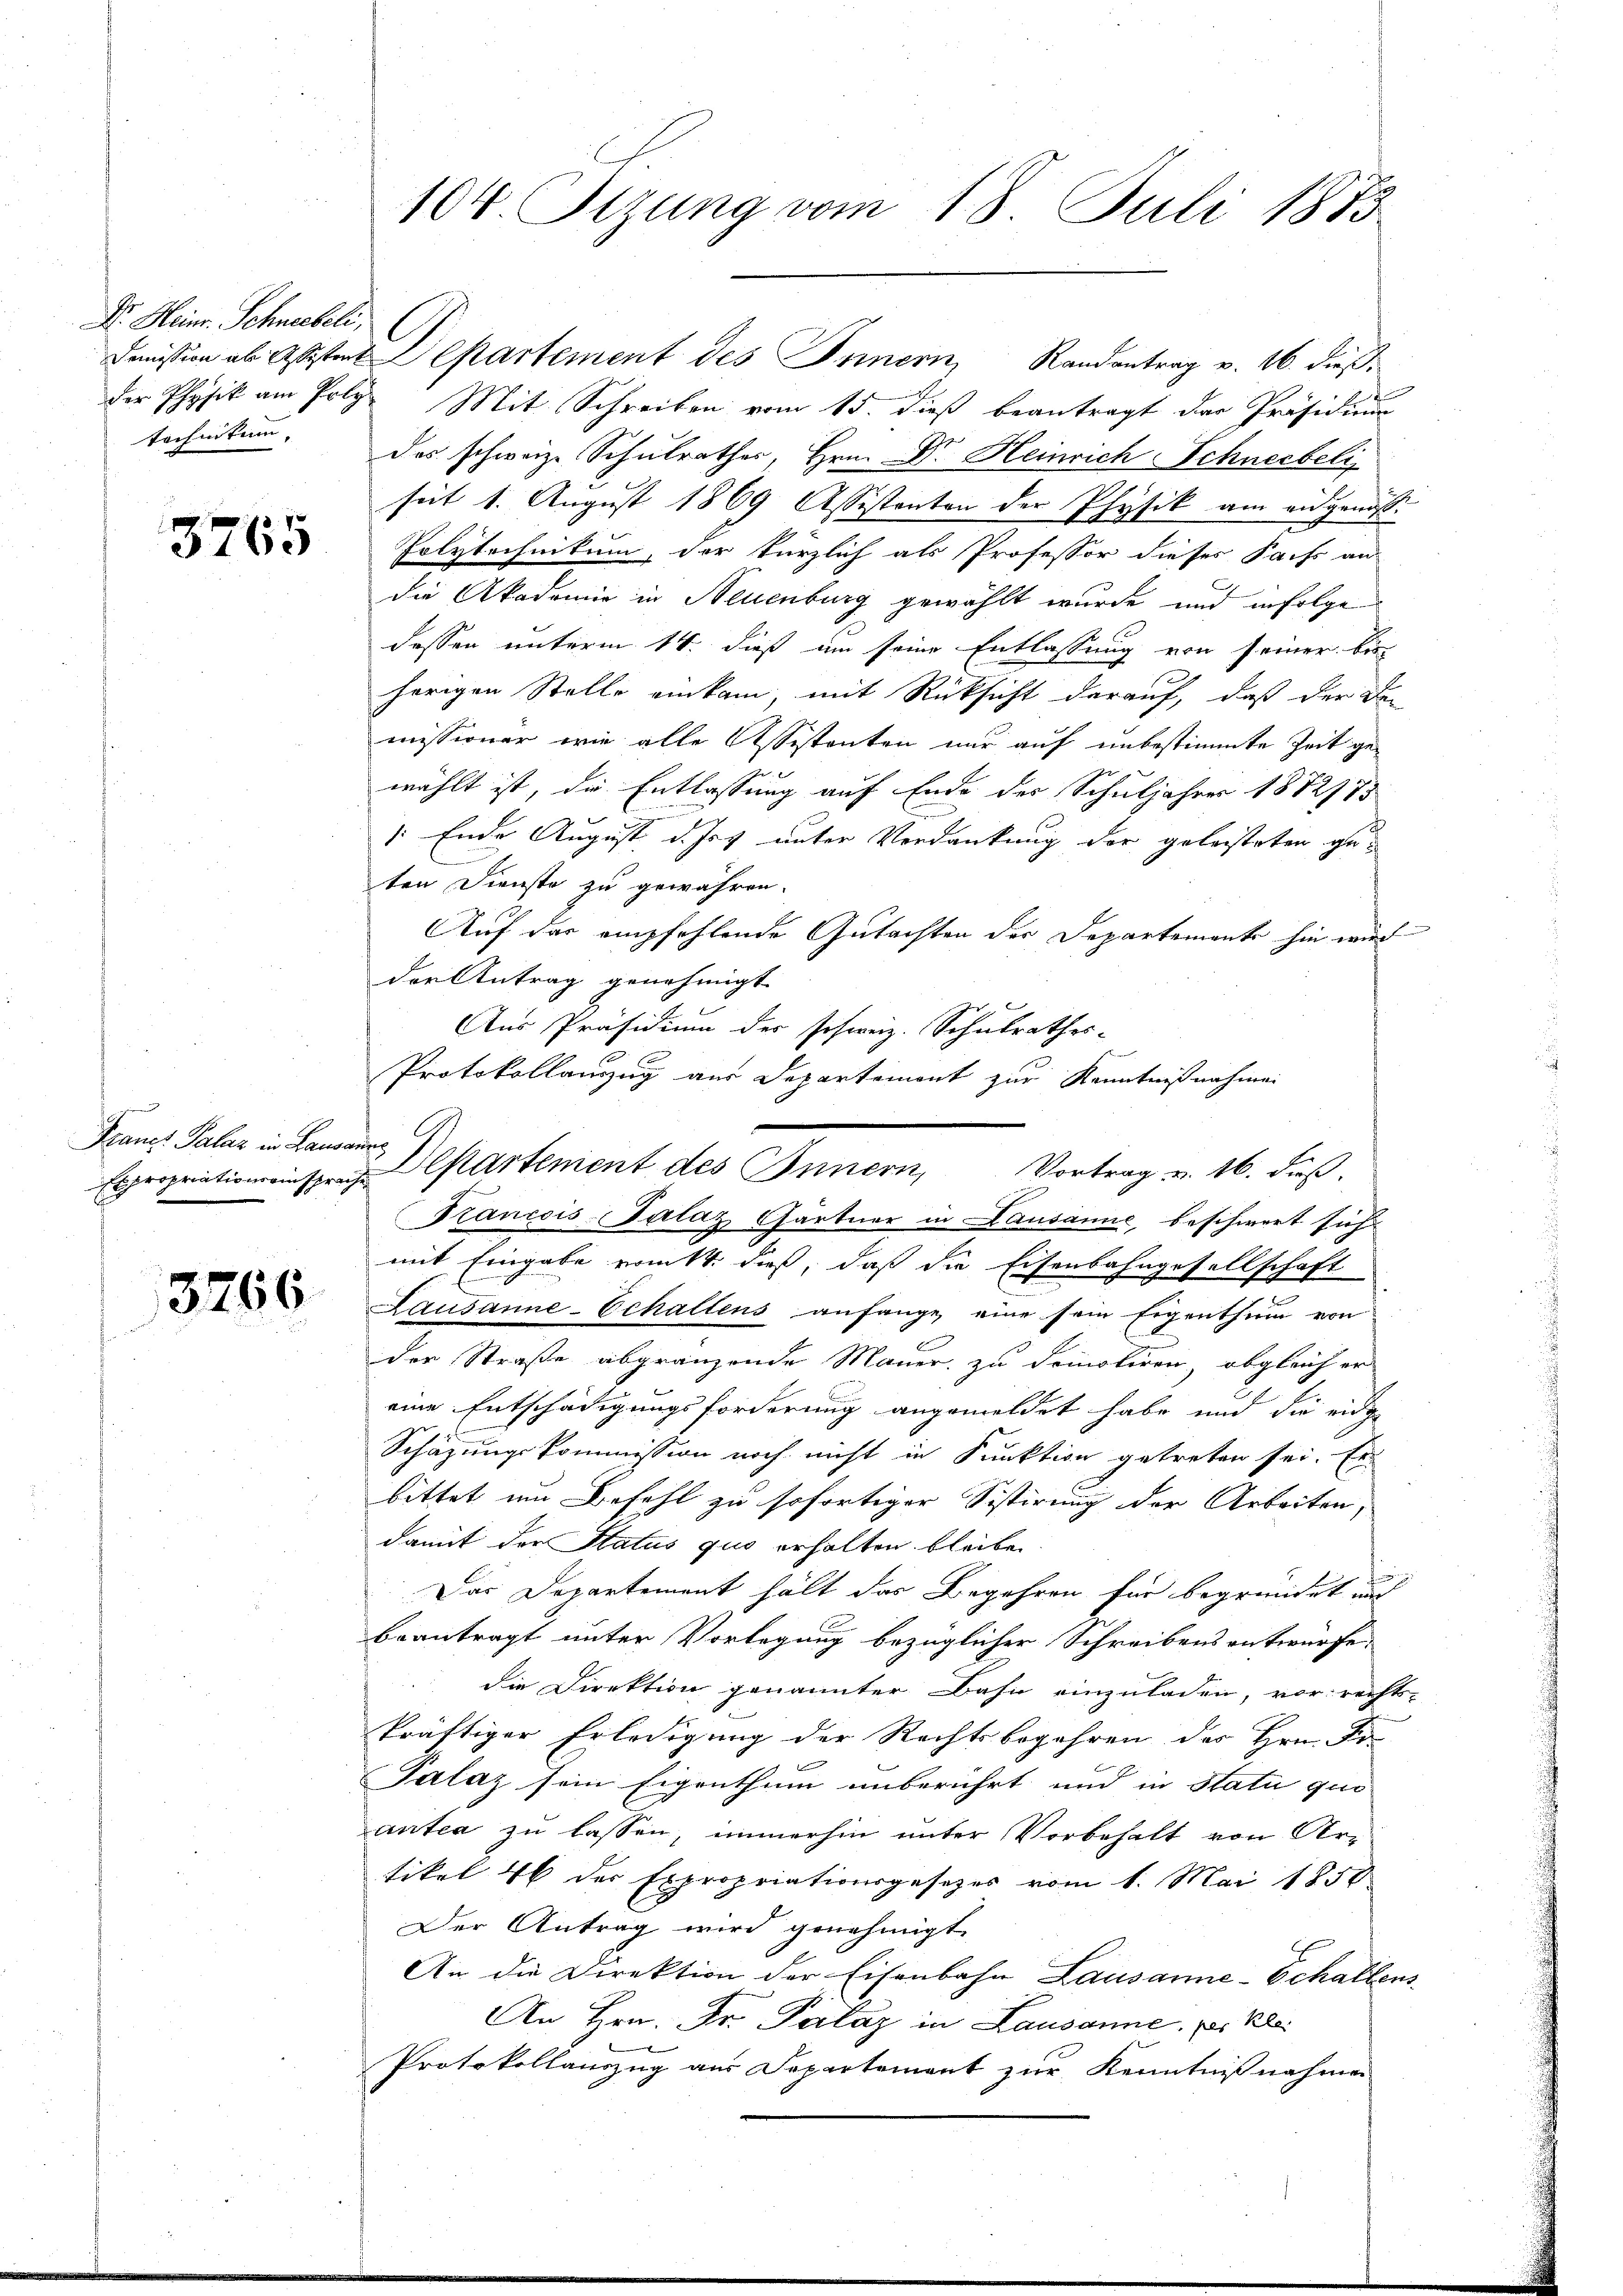
Dr. Heinr. Schneebeli,

3765

Franz Palas in Landauer

3266

104. Sizung vom 18. Juli 1873

Dimission ab Astes Departement des Innern, Randantrag v. 16. dießder Physik am Poly. Mit Schreiben vom 15. dieß beantragt der Präsidium
technikum. Das schweize Schulrathes, Hrn. Dr. Heinrich Schneebeli
seit 1. August 1869 Assistanton der Physik am eidgenos
Polytechnikum, der kürzlich als Professor dieses Pachs an
die Akademie in Neuenburg gewählt wurde und infolge
dessen unterm 14. dieß um seine Entlassung von seiner bisherigen Stolle einkam, mit Rücksicht darauf, daß der de
missioner wie alle Assistanten nur auf unbestimmte Zeit gewählt ist, die Entlassung auf Ende des Schuljahres 1872/73
/ Ende August d. Js. unter Verdankung der geleisteten geten Dienste zu gewähren.
Auf das empfehlende Gutachten der Departemente hin wird
der Antrag genehmigt.
Aus Präsidium der schweiz. Schulrathes-
Stanicis-Palaz, Gartner in Lausanne, beschwert sich
mit Eingabe erint. dieß, daß die Eisenbahngesellschaft
Lausanne-Echaltens anfange, eine sein Eigenthum von
der Straße abgränzende Mauer zu demnotiren, obgleich er
eine Entschädigungsforderung angemeldet habe und die eidge
Schäzungskommission noch nicht in Funktion getreten sei. Es
bittet um Befehl zu sofortiger Sistirung der Arbeiten,
damit der Status quo erhalten bleibe
Das Departement hält das Begehren für begründet auf
beantragt unter Vorlegung bezüglicher Schreibens antwürfe,
die Direktion genannter Bahn einzuladen, vor rechts-
kräftiger Erledigung der Rechtsbegehren des Hrn. For
.
Palaz sein Eigenthum unberührt und in Statu quo
antea zu lassen, immerhin unter Vorbehalt von Ar-
tikel 46 der Expropriationsgesetzes vom 1. Mai 1858
Der Antrag wird genehmigt.
An die Direktion der Eisenbahn Lausanne-Schallens
An Hrn. Dr. Palaz in Lausanne. Der Kle
Protokollauszug aus Departement zur Kenntnißnahmen

Protokollauszug aus Departemont zur Kenntnißnahmen
Expropriationsinsprach Elsartement des Innern, Vortrag u. 16. diβ.